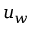
u _ { w }